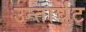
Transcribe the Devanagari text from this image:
उन्तार्घट